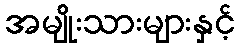
အမျိုးသားများနှင့်